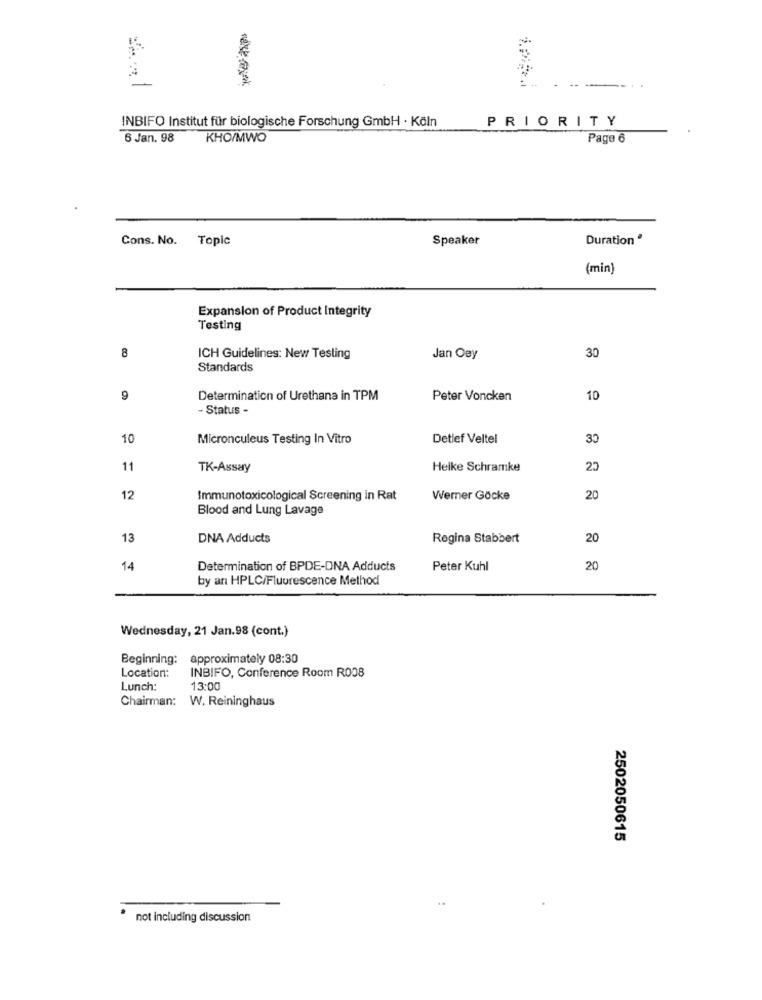
INBIFO Institut für biologische Forschung GmbH · Köln
PRIORITY
6 Jan. 98 KHO/MWO
Page 6
Cons. No. Topic
Speaker
Duration ª
(min)
Expansion of Product Integrity
Testing
8
ICH Guidelines: New Testing
Jan Oey
30
Standards
9
Determination of Urethana in TPM
Peter Voncken
10
- Status -
10
Micronculeus Testing In Vitro
Detlef Veltel
30
11
TK-Assay
Heike Schramke
20
12
Immunotoxicological Screening in Rat
Werner Göcke
20
Blood and Lung Lavage
13
DNA Adducts
Regina Stabbert
20
14
Determination of BPDE-DNA Adducts
Peter Kuhl
20
by an HPLC/Fluorescence Method
Wednesday, 21 Jan.98 (cont.)
Beginning:
approximately 08:30
Location:
INBIFO, Conference Room R008
Lunch:
13:00
Chairman: W. Reininghaus
2502050615
not including discussion